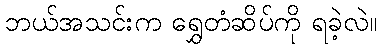
ဘယ်အသင်းက ရွှေတံဆိပ်ကို ရခဲ့လဲ။